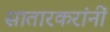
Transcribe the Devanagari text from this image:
सातारकरांनीं